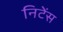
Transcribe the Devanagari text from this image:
निटेंस